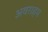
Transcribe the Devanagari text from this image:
अवराहम